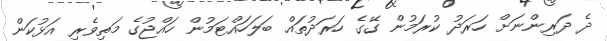
ދެ ދަރިންނަށް ހަރަދު ކުރަމުން ގޭގެ ހަރަދުތައް ބަލަހައްޓަމުން ހައްޖުގެ މަތިވެރި އަޅުކަން